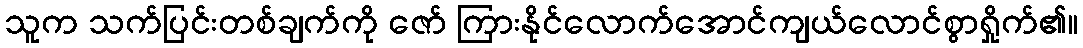
သူက သက်ပြင်းတစ်ချက်ကို ဇော် ကြားနိုင်လောက်အောင်ကျယ်လောင်စွာရှိုက်၏။